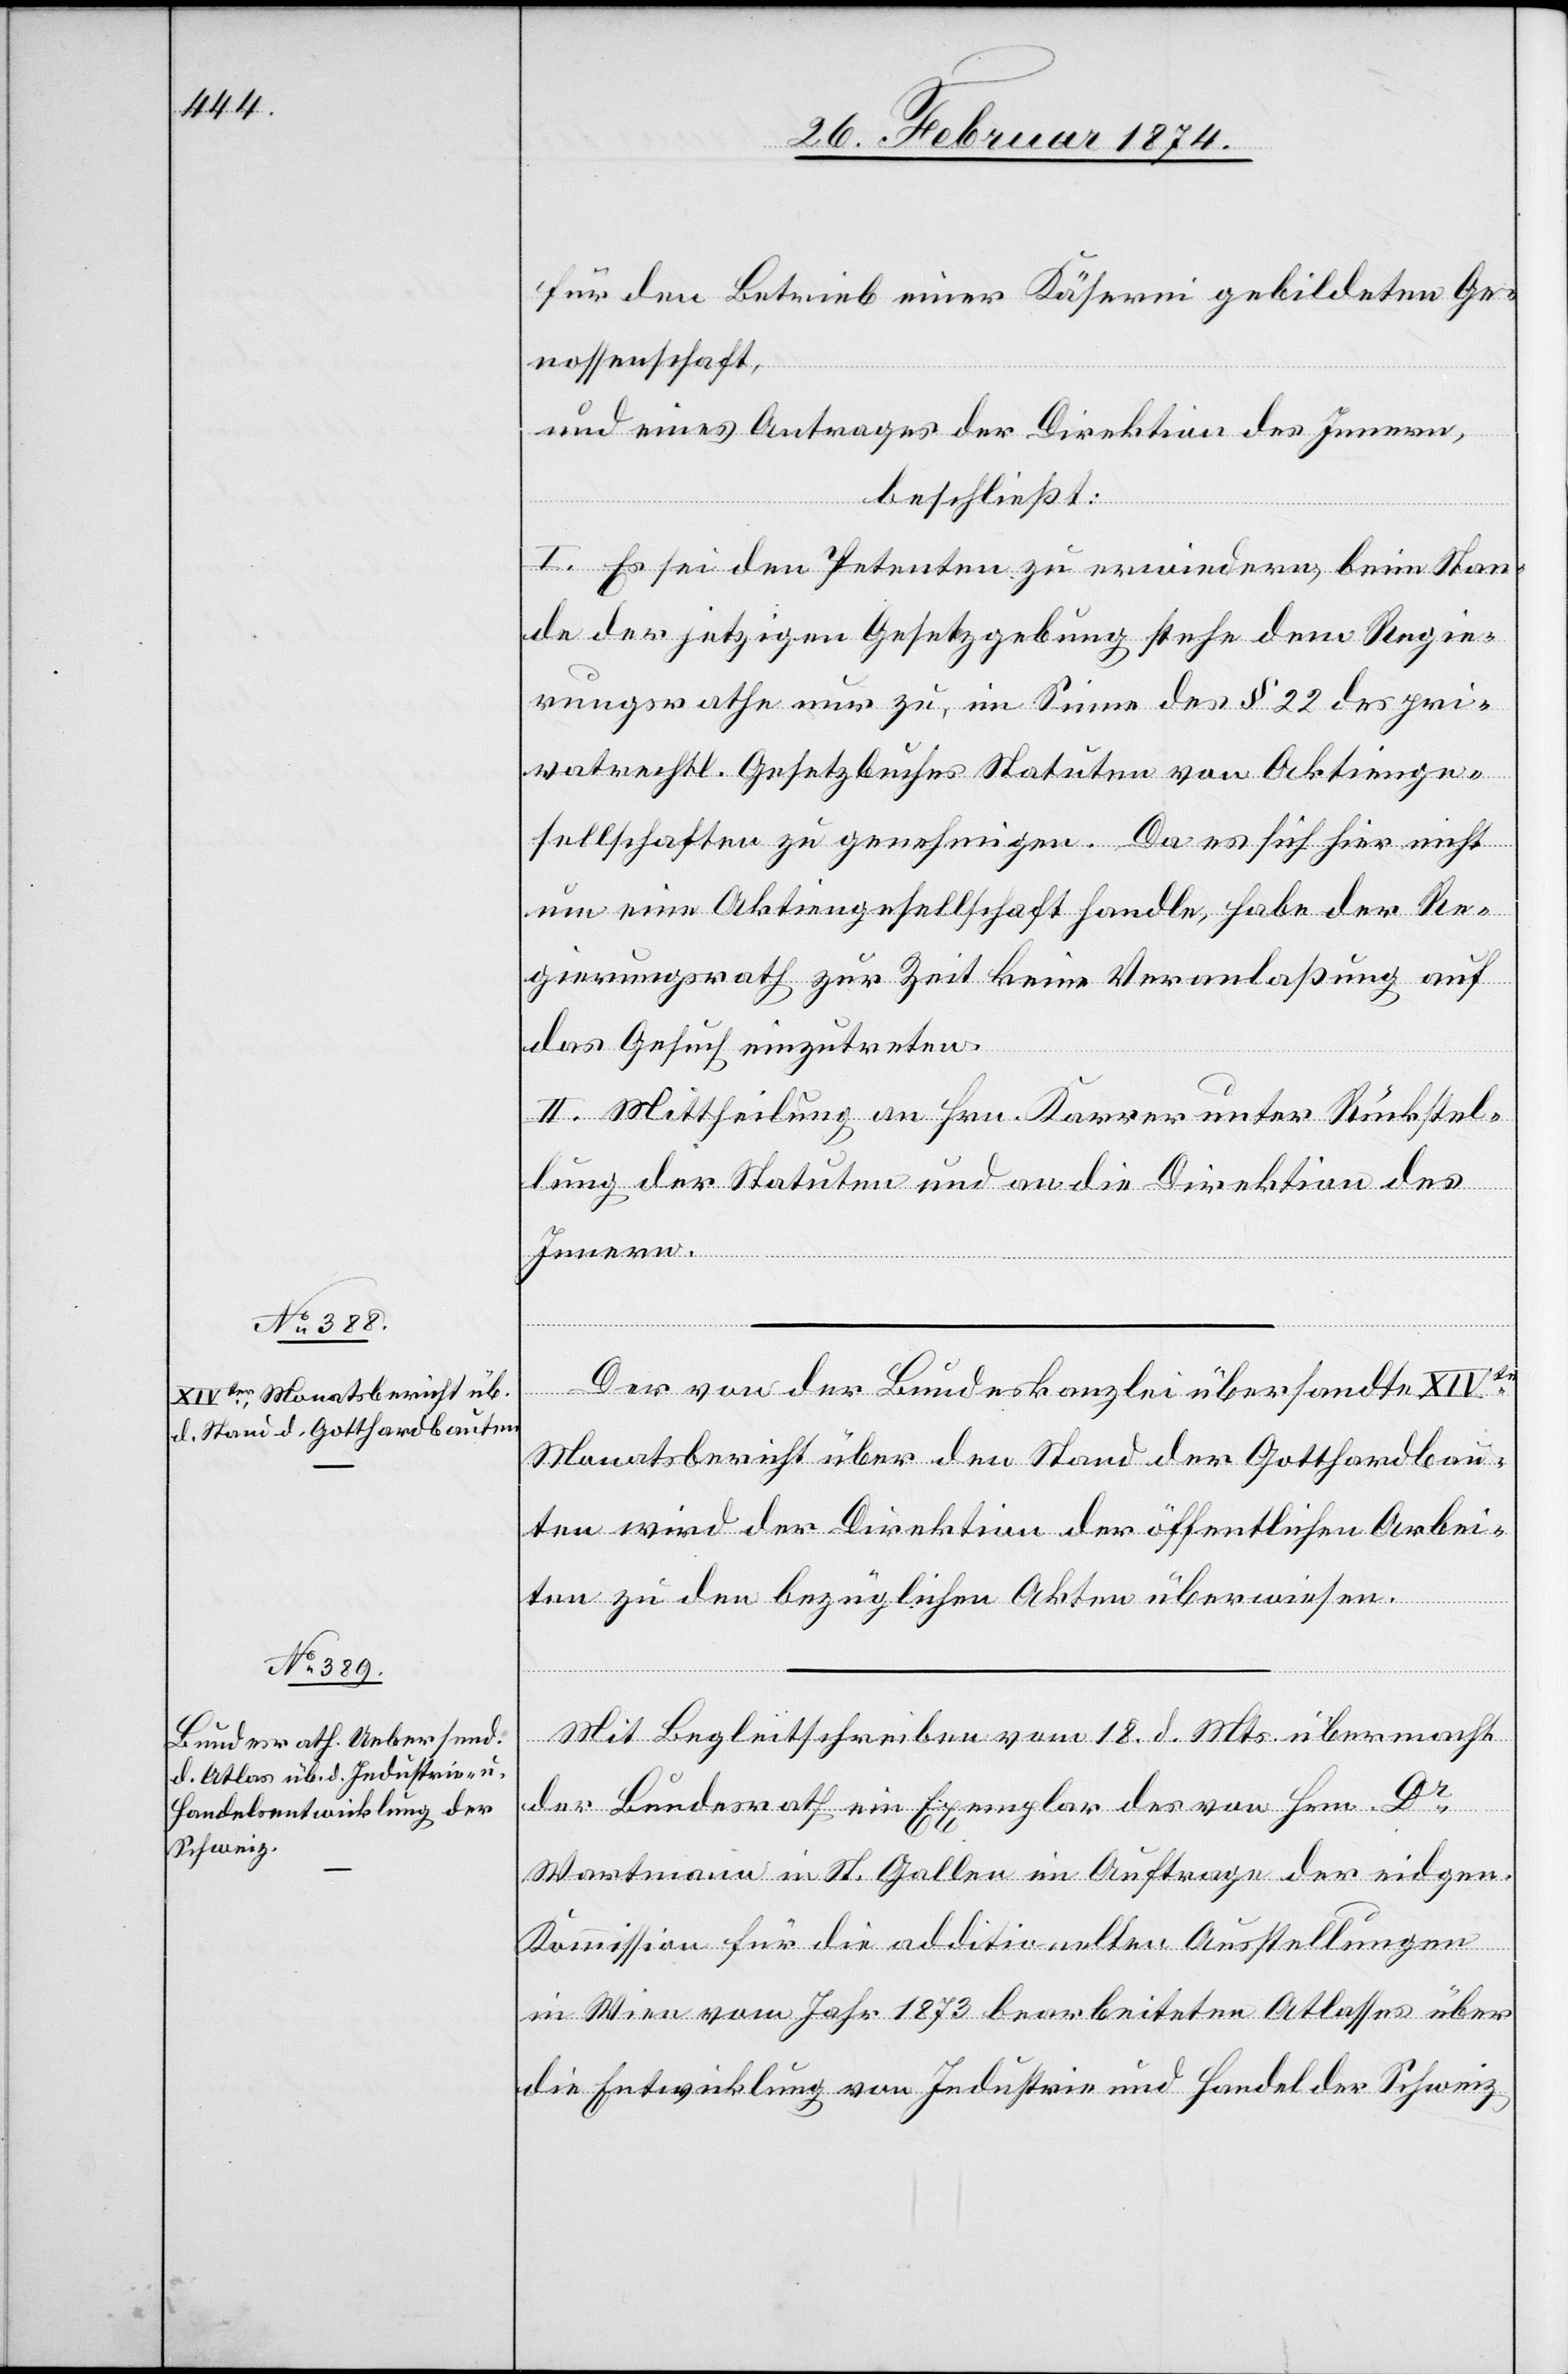
für den Betrieb einer Käserei gebildeten Ge¬
nossenschaft,
und eines Antrages der Direktion des Innern,
beschließt:
I. Es sei den Petenten zu erwiedern, beim Stan¬
de der jetzigen Gesetzgebung stehe dem Regie¬
rungsrathe nur zu, im Sinne des § 22 des pri¬
vatrechtl. Gesetzbuches Statuten von Aktienge¬
sellschaften zu genehmigen. Da es sich hier nicht
um eine Aktiengesellschaft handle, habe der Re¬
gierungsrath zur Zeit keine Veranlaßung auf
das Gesuch einzutreten.
II. Mittheilung an Hrn. Karrer unter Rückstel¬
lung der Statuten und an die Direktion des
Innern.
Der von der Bundeskanzlei übersandte XIVte
Monatsbericht über den Stand der Gotthardbau¬
ten wird der Direktion der öffentlichen Arbei¬
ten zu den bezüglichen Akten überwiesen.
Mit Begleitschreiben vom 18. d. Mts. übermacht
der Bundesrath ein Exemplar des von Hrn. Dr
Wartmanns in St. Gallen im Auftrage der eidgen.
Kommission für die additionellen Ausstellungen
in Wien vom Jahr 1873 bearbeiteten Atlasses über
die Entwicklung von Industrie und Handel der Schweiz